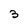
Character: 3